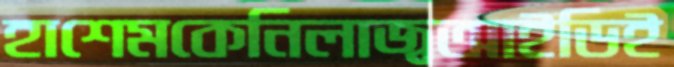
হাশেমকেনিলাজ্বআইডিই